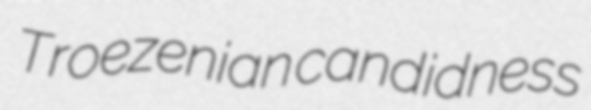
Troezenian candidness